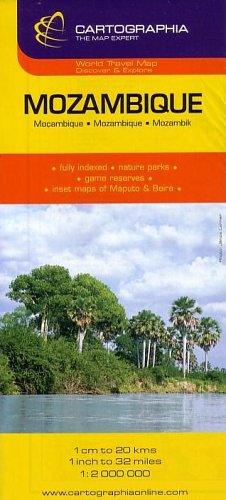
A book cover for Mozambique, Swaziland (Country Map); Cartographia; Travel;